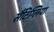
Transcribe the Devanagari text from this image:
सैंटिग्लिया